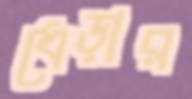
ধেড়ার